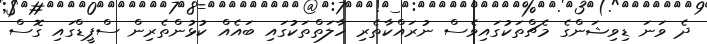
ދެ ވަނަ ޑިވިޝަންގެ މެޗްތަކުގައިވެސް ނުރައްކާތެރި ހާލަތްތަކުގައި ބައެއް ކުޅުންތެރިން ސްޕީޑްގައި ގޮސް